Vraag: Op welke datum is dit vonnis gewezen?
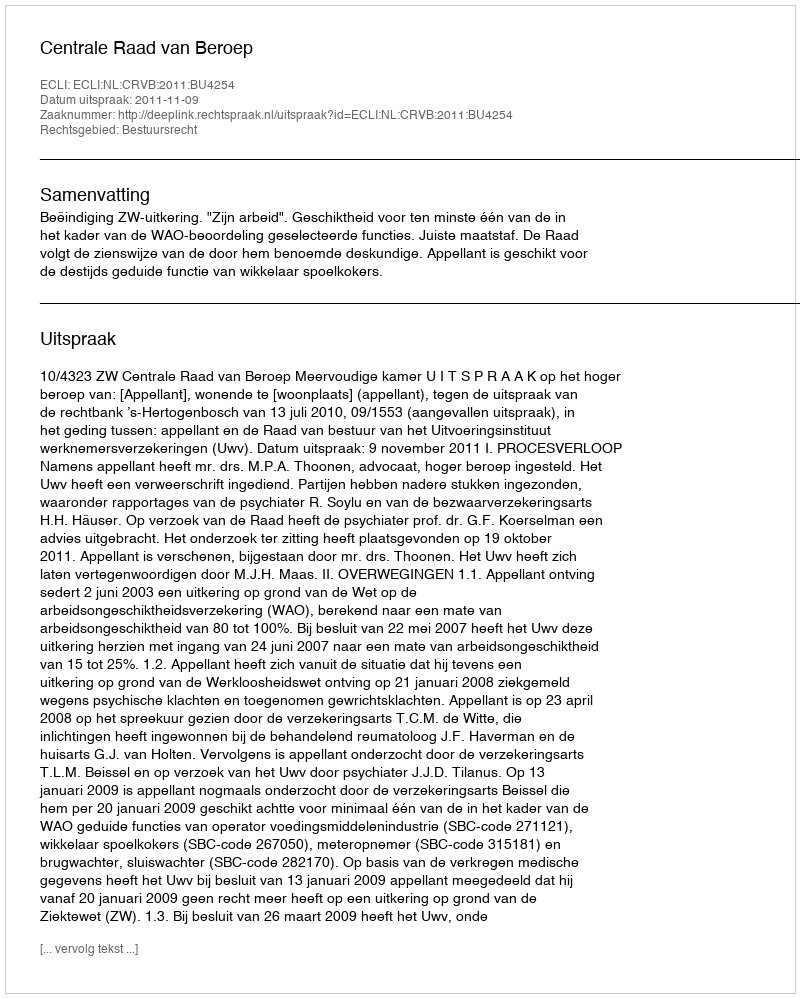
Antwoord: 2011-11-09